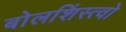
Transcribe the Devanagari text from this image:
बोलशिंस्त्वो